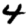
Digit: 4